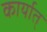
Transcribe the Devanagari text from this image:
कार्यात्